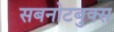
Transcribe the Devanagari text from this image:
सबनोटबुक्स